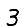
Digit: 3